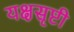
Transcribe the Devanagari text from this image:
यक्षसृष्टी